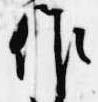
作